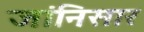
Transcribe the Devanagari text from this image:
जांनिसार